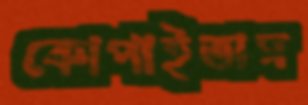
কোপাইতাম